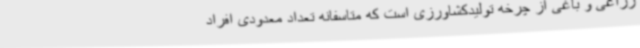
زراعی و باغی از چرخه تولیدکشاورزی است که متاسفانه تعداد معدودی افراد